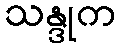
သန္ဒုက